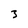
Character: 3